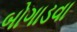
બોગાડવા